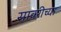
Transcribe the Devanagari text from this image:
सावरीच्या